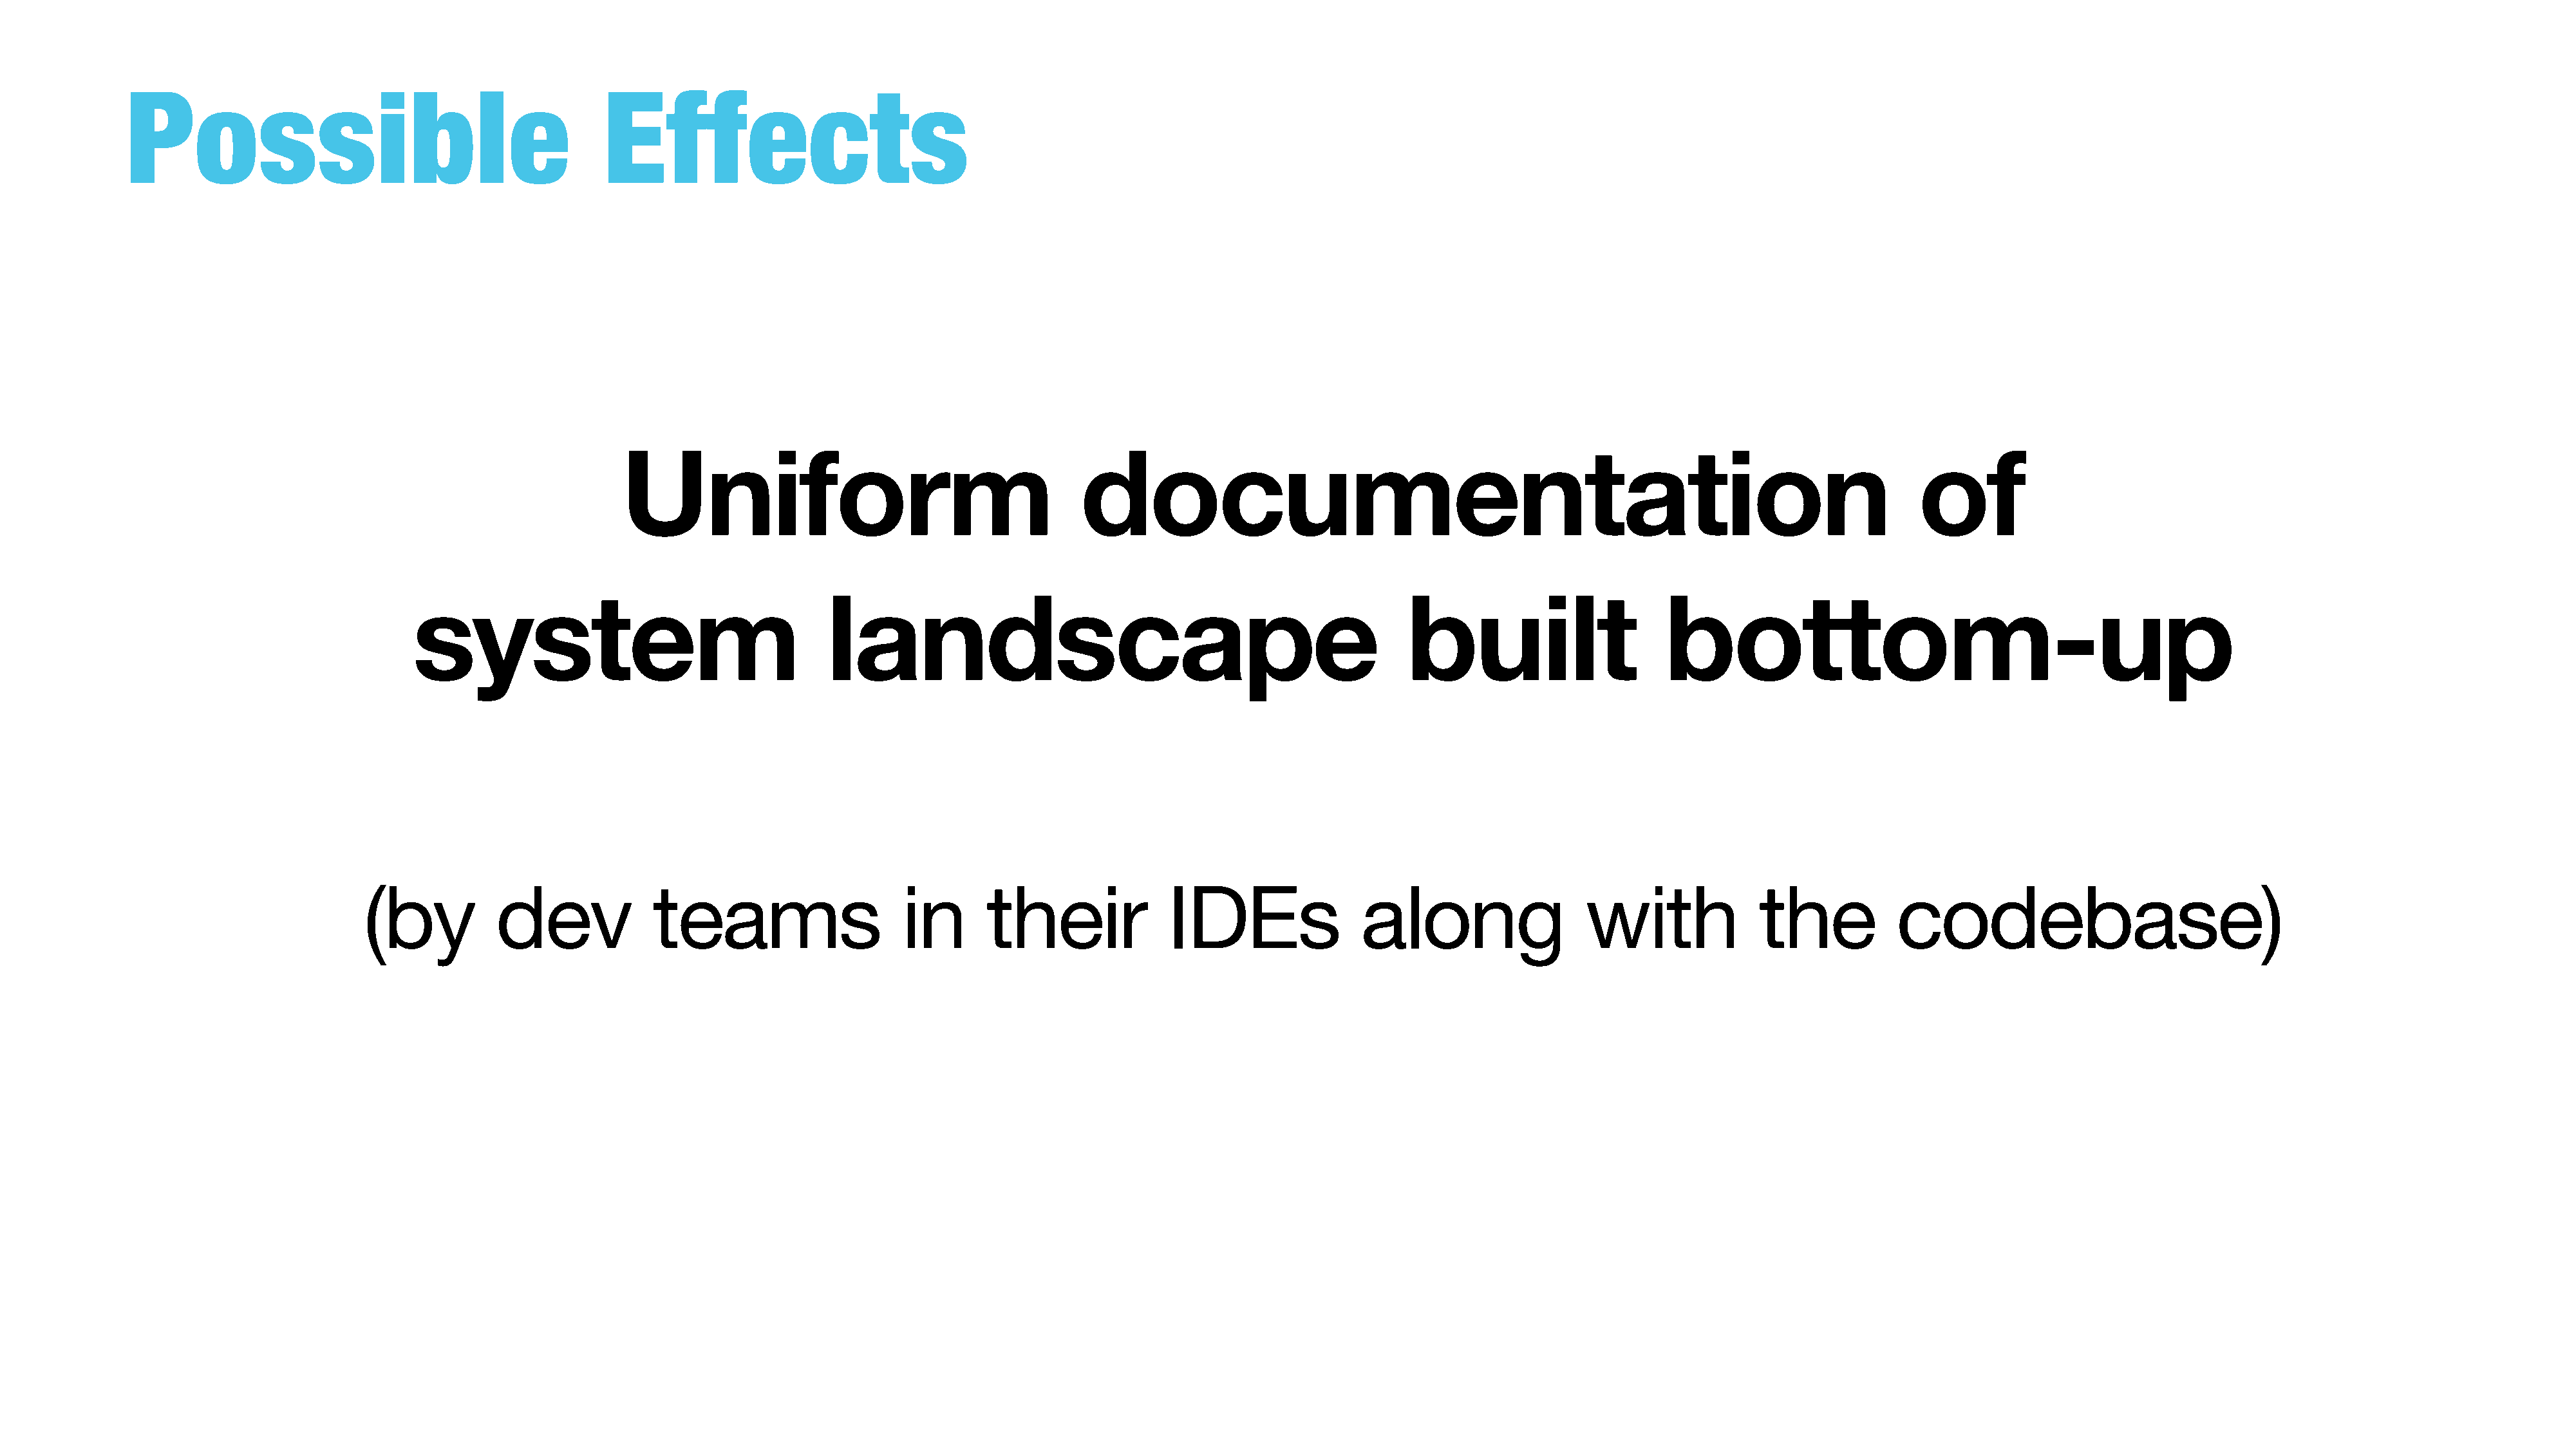
Possible                                         Effects
 Uniform                                        documentation                                                                         of
 system                                     landscape                                                   built                     bottom-up
 (by           dev             teams                     in      their              IDEs                along                  with              the           codebase)